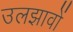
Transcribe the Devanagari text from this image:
उलझावों